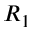
R _ { 1 }